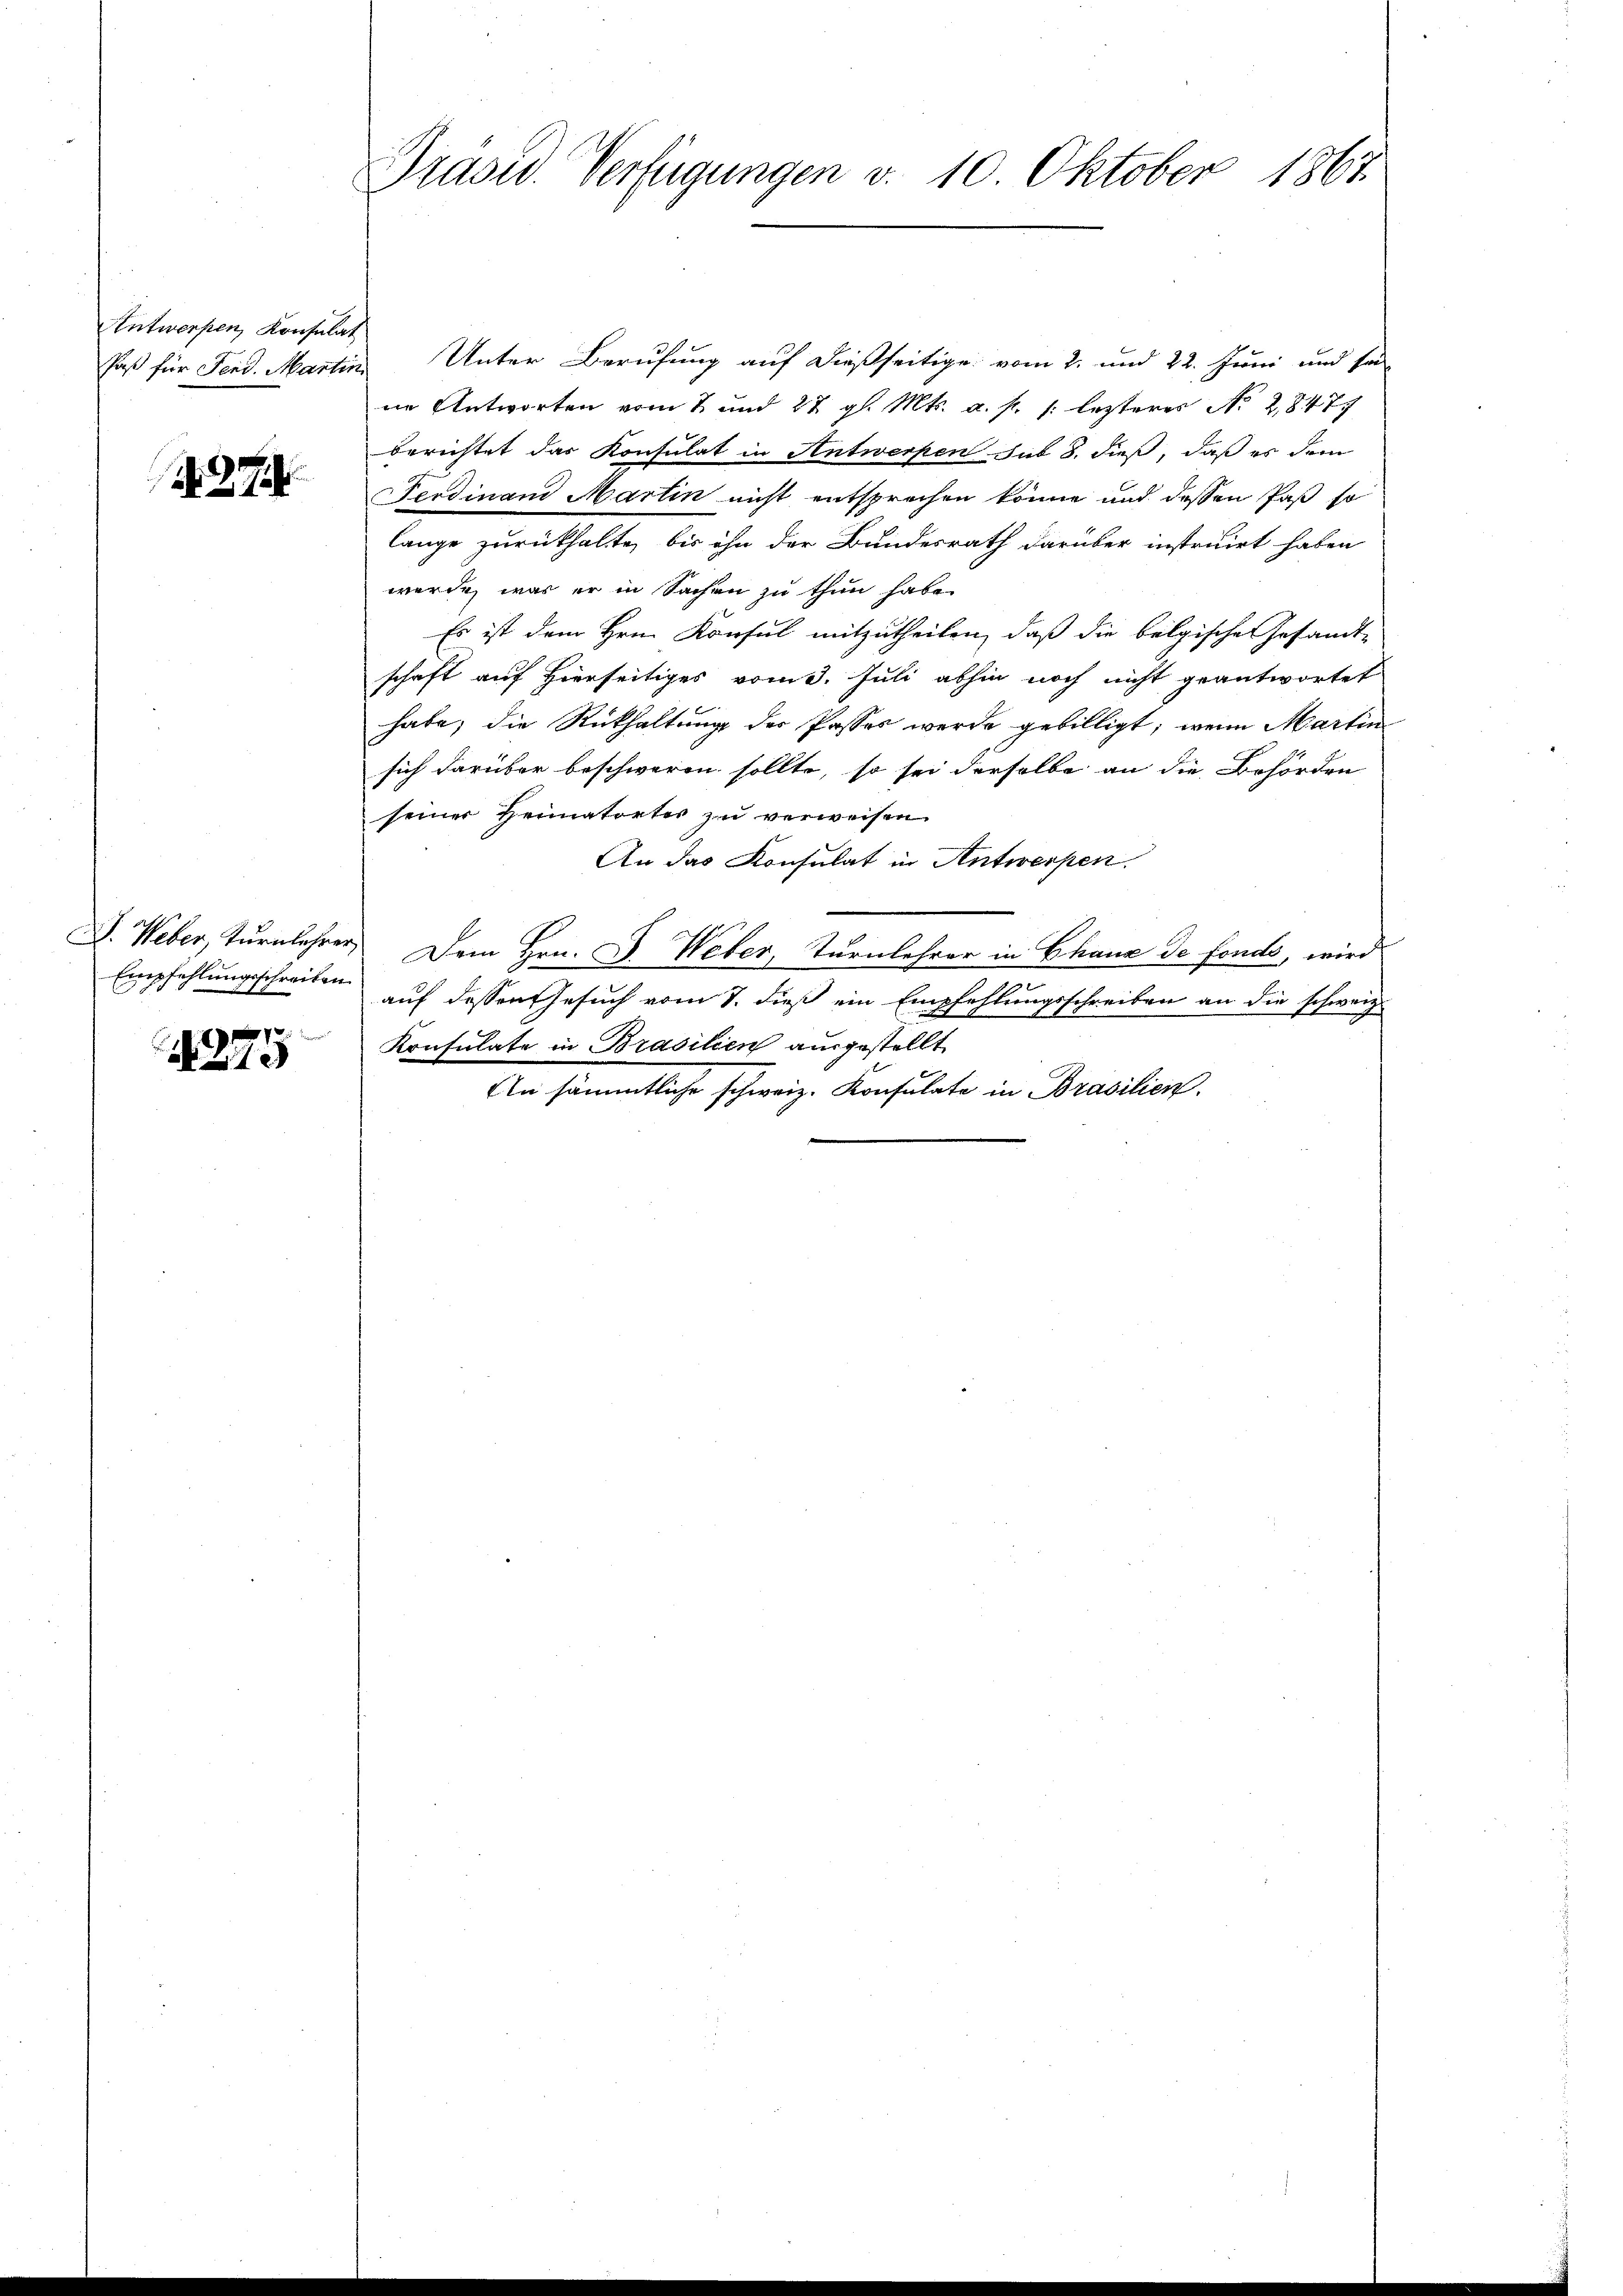
Antwerpen, Konsulat
Paß für Ferd. Martin

27

7
A 213

Präsid. Verfügungen v. 10. Oktober 1867.

Unter Berufung auf dießseitige vom 2. und 22. Juni und se
ne Antworten vom 2. und 27. gl. Mts. a. p. /: lezteres No 2,8477
berichtet das Konsulat in Antwerpen sub 8. dieß, daß es dem
Ferdinan Martin nicht entsprochen könne und dessen Paß so
lange zurückhalte, bis ihn der Bundesrath darüber instruirt haben
wurde, was er in Sachen zu thun habe.
Es ist dem Hrn. Konsul mitzutheilen, daß die belgische Gesandt-
schaft auf hierseitiges vom 3. Juli abhin noch nicht geantwortet
habe, die Rückhaltung der Passes werde gebilligt; wenn Martin
sich darüber beschweren sollte, so sei derselbe an die Behörden
seiner Heimatortes zu verweisen.
An das Konsulat in Antwerpen.
L. Weber, Turnlehrer Dem Hrn. J. Weber, Turnlehrer in Chaux de fondo, wird
Empfehlungsschreiben auf dessen Gesuch vom 7. dieß ein Empfehlungsschreiben an die schweiz.
Konsulate in Brasilien ausgestellt
An sämmtliche schweiz. Konsulate in Brasilien.